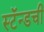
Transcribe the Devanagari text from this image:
स्टॅन्डची